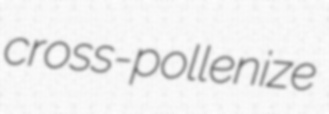
cross-pollenize